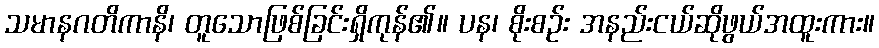
သမာနဂတိကာနိ၊ တူသောဖြစ်ခြင်းရှိကုန်၏။ ပန၊ စိုးစဉ်း အနည်းငယ်ဆိုဖွယ်အထူးကား။